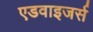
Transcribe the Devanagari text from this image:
एडवाइजर्स